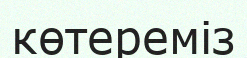
көтереміз